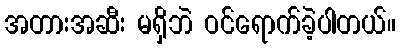
အတားအဆီး မရှိဘဲ ဝင်ရောက်ခဲ့ပါတယ်။